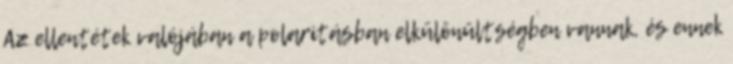
Az ellentétek valójában a polaritásban elkülönültségben vannak, és ennek